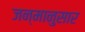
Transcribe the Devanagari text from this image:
जन्मानुसार